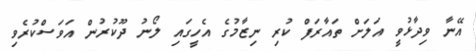
އޭނާ ވިދާޅުވީ އަލަށް ތައާރަފް ކުރި ނިޒާމުގެ އެހީގައި ލޯނު ދޫކުރުން އަވަސްކުރެވި